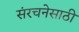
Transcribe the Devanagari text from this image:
संरचनेसाठी